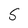
Character: S